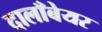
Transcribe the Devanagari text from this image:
दालाँबेयर